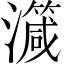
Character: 𱩺